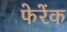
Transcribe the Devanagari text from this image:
फेरेंक